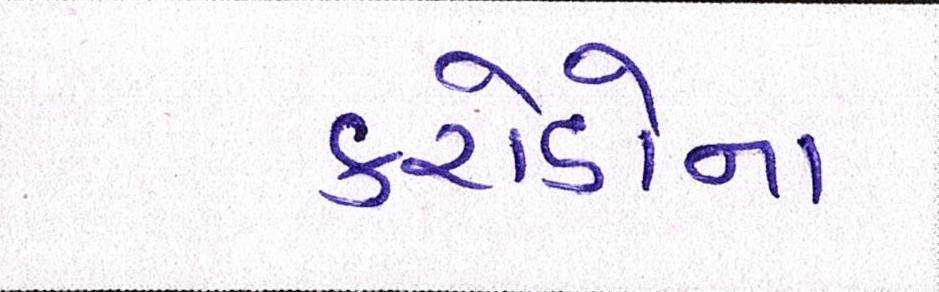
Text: કરોડોના